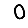
Digit: 0